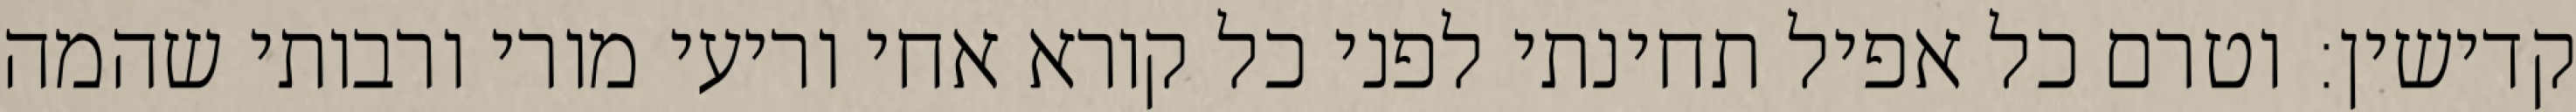
קדישין: וטרם כל אפיל תחינתי לפני כל קורא אחי וריעי מורי ורבותי שהמה